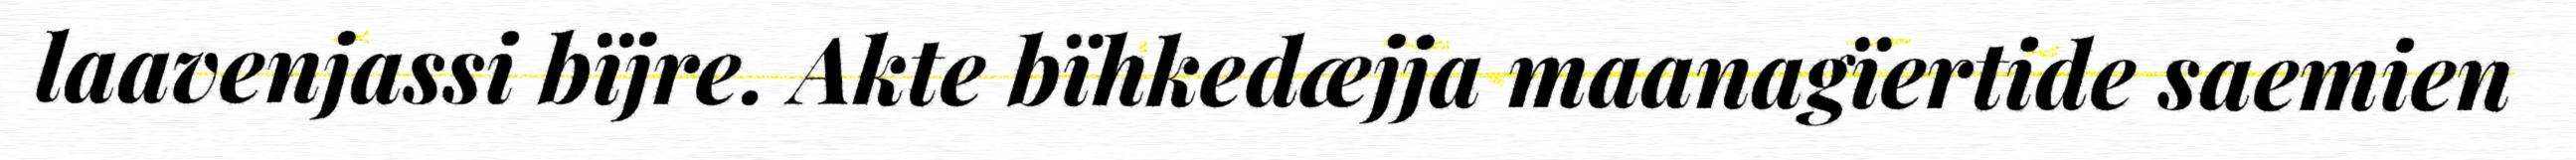
laavenjassi bïjre. Akte bïhkedæjja maanagïertide saemien